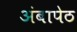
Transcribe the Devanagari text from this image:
अंबापेठ